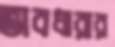
ভাবধারার